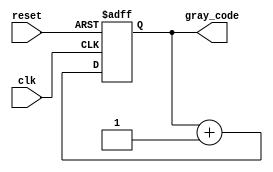
module gray_code_counter (
    input wire clk,
    input wire reset,
    output reg [3:0] gray_code
);

always @(posedge clk or posedge reset)
begin
    if (reset)
        gray_code <= 0;
    else
        gray_code <= gray_code + 4'b0001;
end

endmodule